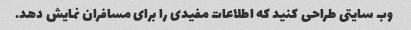
وب سایتی طراحی کنید که اطلاعات مفیدی را برای مسافران نمایش دهد.